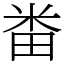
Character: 畨